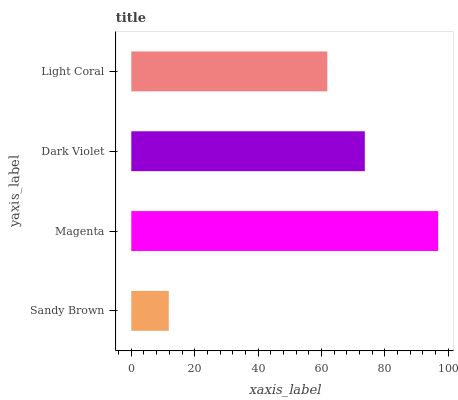
| yaxis_label | bars |
 | --- | --- |
 | Sandy Brown | 11.8 |
 | Magenta | 96.8 |
 | Dark Violet | 73.7 |
 | Light Coral | 61.8 |